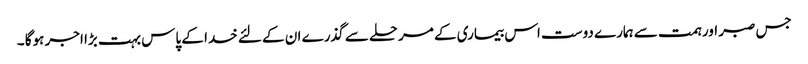
جس صبر اور ہمت سے ہمارے دوست اس بیماری کے مرحلے سے گذرے ان کے لئے خدا کے پاس بہت بڑا اجر ہوگا ۔